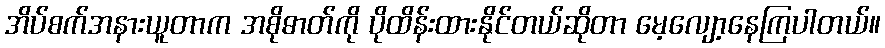
အိပ်စက်အနားယူတာက အစိုဓာတ်ကို ပိုထိန်းထားနိုင်တယ်ဆိုတာ မေ့လျော့နေကြပါတယ်။